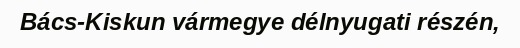
Bács-Kiskun vármegye délnyugati részén,